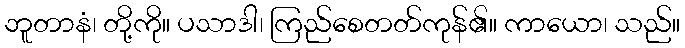
ဘူတာနံ၊ တို့ကို။ ပသာဒါ၊ ကြည်စေတတ်ကုန်၏။ ကာယော၊ သည်။